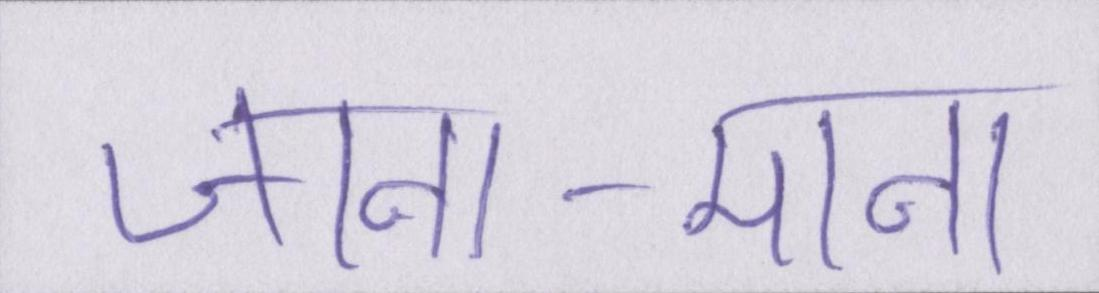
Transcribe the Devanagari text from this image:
जाना-माना